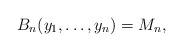
LaTeX: \begin{gather*}B_n(y_1, \ldots, y_n)= M_n,\end{gather*}